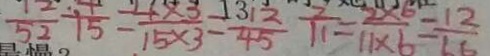
\frac { 1 2 } { 5 2 } + \frac { 4 } { 5 } = \frac { 4 \times 3 } { 1 5 \times 3 } = \frac { 1 2 } { 4 5 } \frac { 2 } { 1 1 } = \frac { 2 \times 6 } { 1 1 \times 6 } = \frac { 1 2 } { 6 6 }